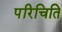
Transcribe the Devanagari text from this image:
परिचिति